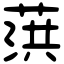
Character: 葓